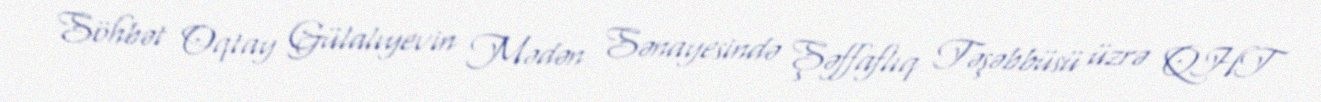
Söhbət Oqtay Gülalıyevin Mədən Sənayesində Şəffaflıq Təşəbbüsü üzrə QHT